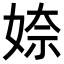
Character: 𡞏